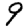
Digit: 9